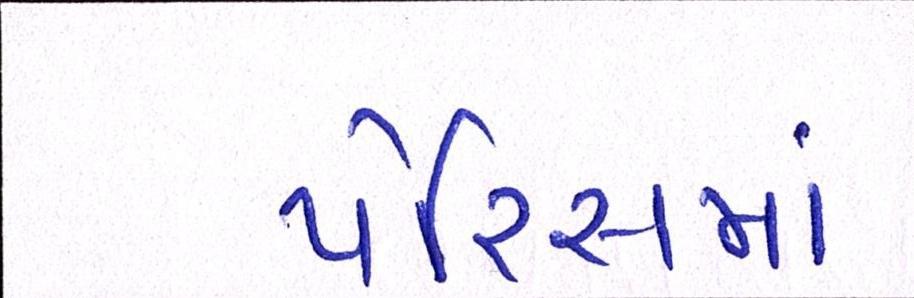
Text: પેરિસમાં